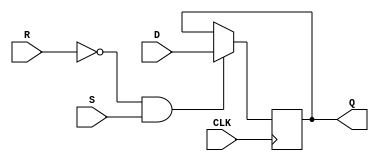
module dff_reset_set (
    input wire D,
    input wire CLK,
    input wire R,
    input wire S,
    output reg Q
);

always @(posedge CLK) begin
    if (R == 0 && S == 1) begin
        Q <= D;
    end else if (R == 1 && S == 0) begin
        Q <= Q;
    end
end

endmodule